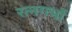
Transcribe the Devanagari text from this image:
रत्नगर्भो